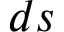
d s